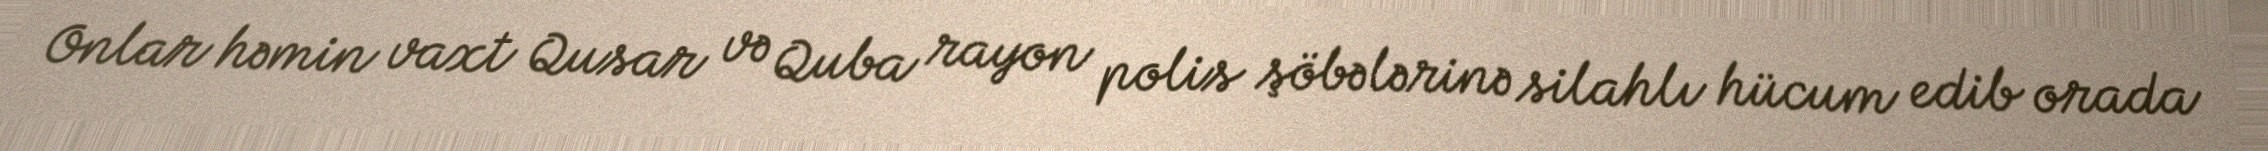
Onlar həmin vaxt Qusar və Quba rayon polis şöbələrinə silahlı hücum edib orada